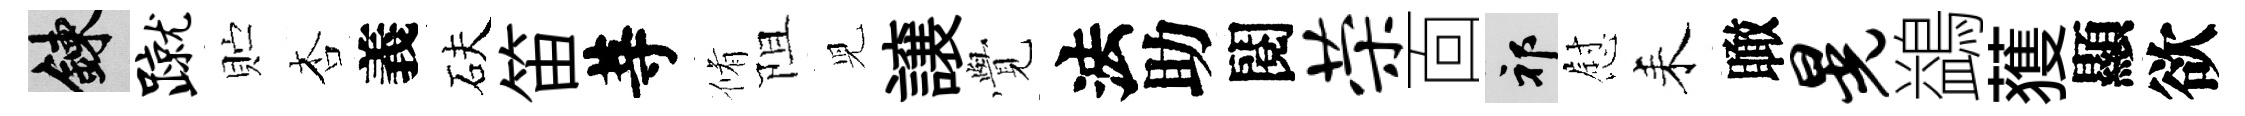
練蹴贮杏義砆笛䓁脩阻児譲𮗜法助閱荣靣祁慰耒瞰晃鷁𫉬顯欲